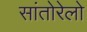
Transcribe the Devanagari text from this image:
सांतोरेलो